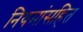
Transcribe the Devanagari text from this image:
नियमांसहित